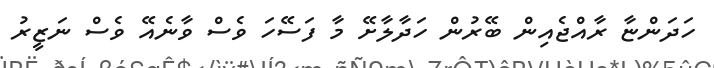
ހަދަންޏާ ރާއްޖެއިން ބޭރުން ހަދާލާށޭ މާ ފަސޭހަ ވެސް ވާނެއޭ ވެސް ނަޒީރު